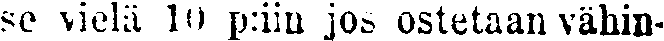
se vielä 10 p:iin jos ostetaan vähin-